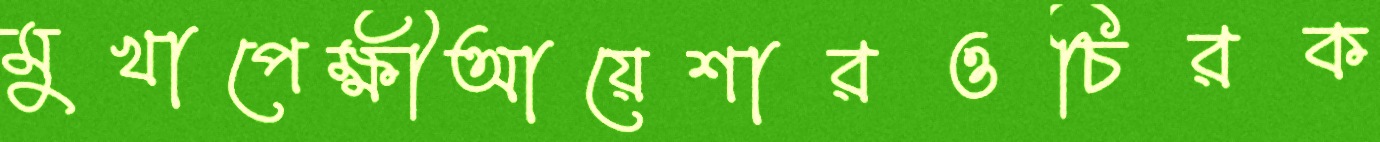
মুখাপেক্ষীআয়েশারওচিরক